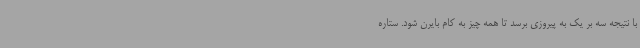
با نتیجه سه بر یک به پیروزی برسد تا همه چیز به کام بایرن شود. ستاره